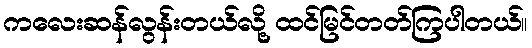
ကလေးဆန်လွန်းတယ်လို့ ထင်မြင်တတ်ကြပါတယ်။